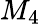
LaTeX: M_{4}